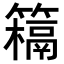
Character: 𥵰